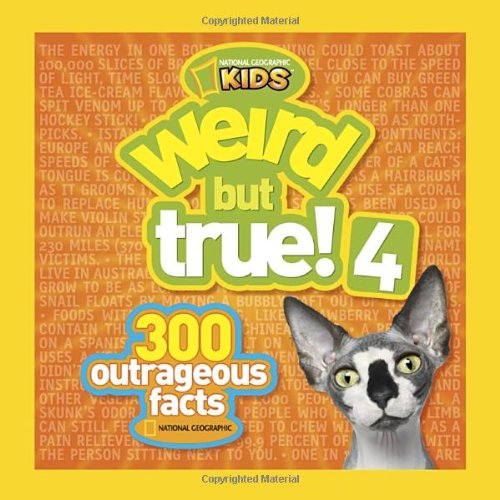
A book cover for Weird but True! 4: 300 Outrageous Facts; National Geographic Kids; Children's Books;